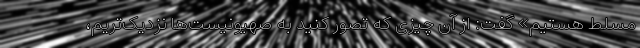
مسلط هستیم» گفت: از آن چیزی که تصور کنید به صهیونیست‌ها نزدیک‌تریم،